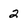
Character: 2